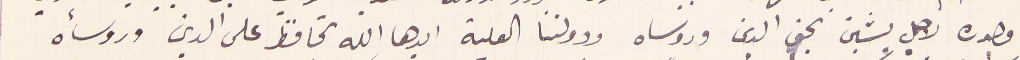
وجوده لاجل يشين بحق الدين وروساه ودولتنا العلية ايدها الله تحافظ على الدين وروسأه